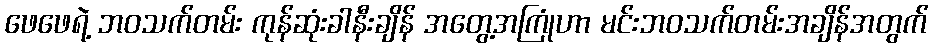
ဖေဖေရဲ့ ဘဝသက်တမ်း ကုန်ဆုံးခါနီးချိန် အတွေ့အကြုံဟာ မင်းဘဝသက်တမ်းအချိန်အတွက်